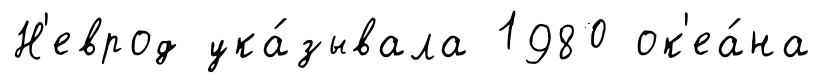
Н'еврод ука́зывала 1980 ок'еа́на